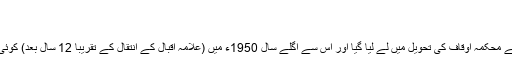
[16]
مزار کی تکمیل
مزار تکمیل کے آخری مراحل میں تھا کہ 13جون1949ء کواسے محکمہ اوقاف کی تحویل میں لے لیا گیا اور اُس سے اگلے سال 1950ء میں (علامہ اقبال کے انتقال کے تقریباً 12 سال بعد) کوئی ساڑھے چار سال کے عرصے میں مزار کی تعمیر مکمل ہوئی۔